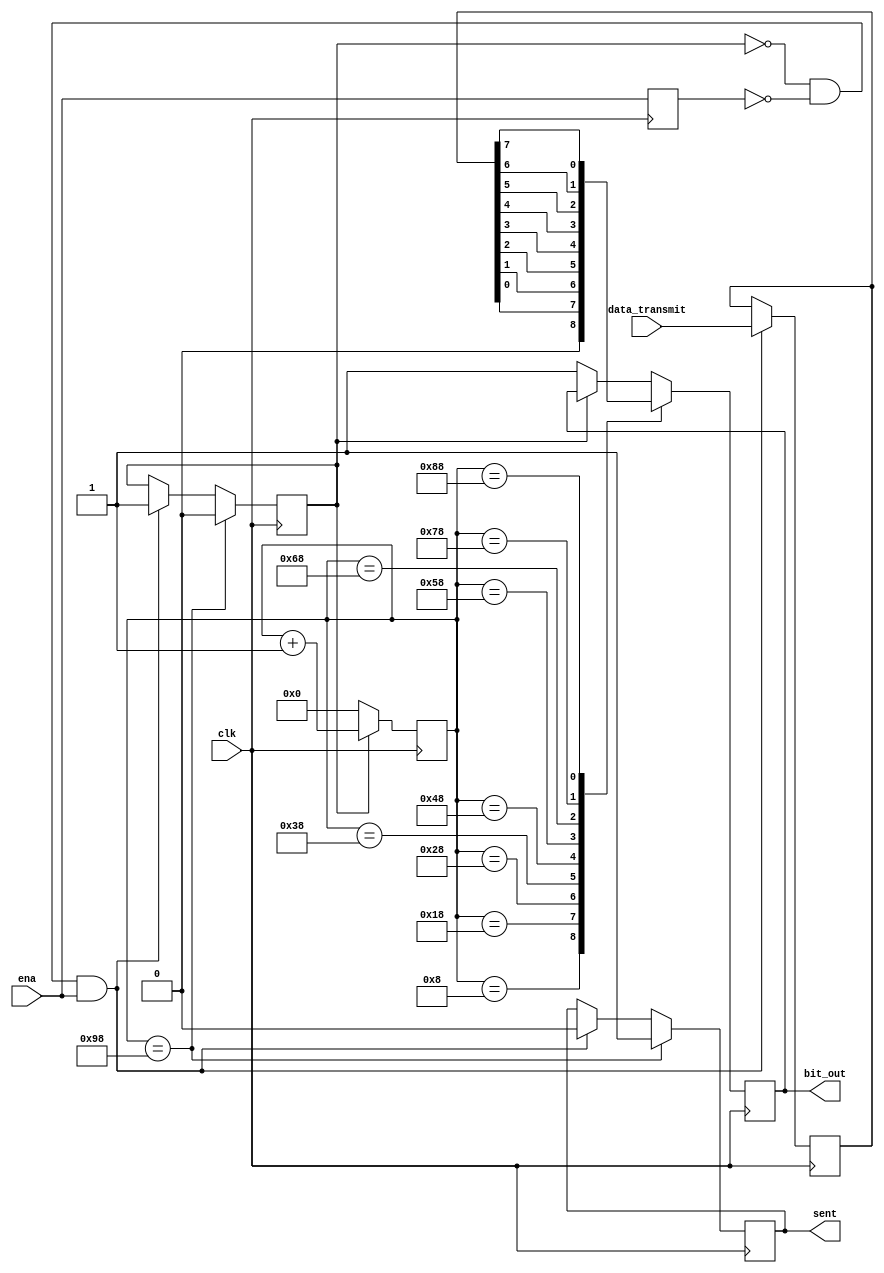
`timescale 1ns / 1ps
//////////////////////////////////////////////////////////////////////////////////
// Company: 
// Engineer: 
// 
// Design Name: 
// Module Name: transmitter
// Project Name: 
// Target Devices: 
// Tool Versions: 
// Description: 
// 
// Dependencies: 
// 
// Revision:
// Revision 0.01 - File Created
// Additional Comments:
// 
//////////////////////////////////////////////////////////////////////////////////
module transmitter(
    input clk,
    input [7:0] data_transmit,
    input ena,
    output reg sent,
    output reg bit_out
);
    reg last_ena;
    reg sending = 0;
    reg [7:0] count;
    reg [7:0] temp;
    
    always@(posedge clk) 
    begin
        if (~sending & ~last_ena & ena) 
        begin
            temp <= data_transmit;
            sending <= 1;
            sent <= 0;
            count <= 0;
        end
        
        last_ena <= ena;
        
        if (sending) count <= count + 1;
        else begin count <= 0; bit_out <= 1; end
        
        case (count)
            8'd8: bit_out <= 0;
            8'd24: bit_out <= temp[0];  
            8'd40: bit_out <= temp[1];
            8'd56: bit_out <= temp[2];
            8'd72: bit_out <= temp[3];
            8'd88: bit_out <= temp[4];
            8'd104: bit_out <= temp[5];
            8'd120: bit_out <= temp[6];
            8'd136: bit_out <= temp[7];
            8'd152: begin sent <= 1; sending <= 0; end
        endcase
    end
endmodule